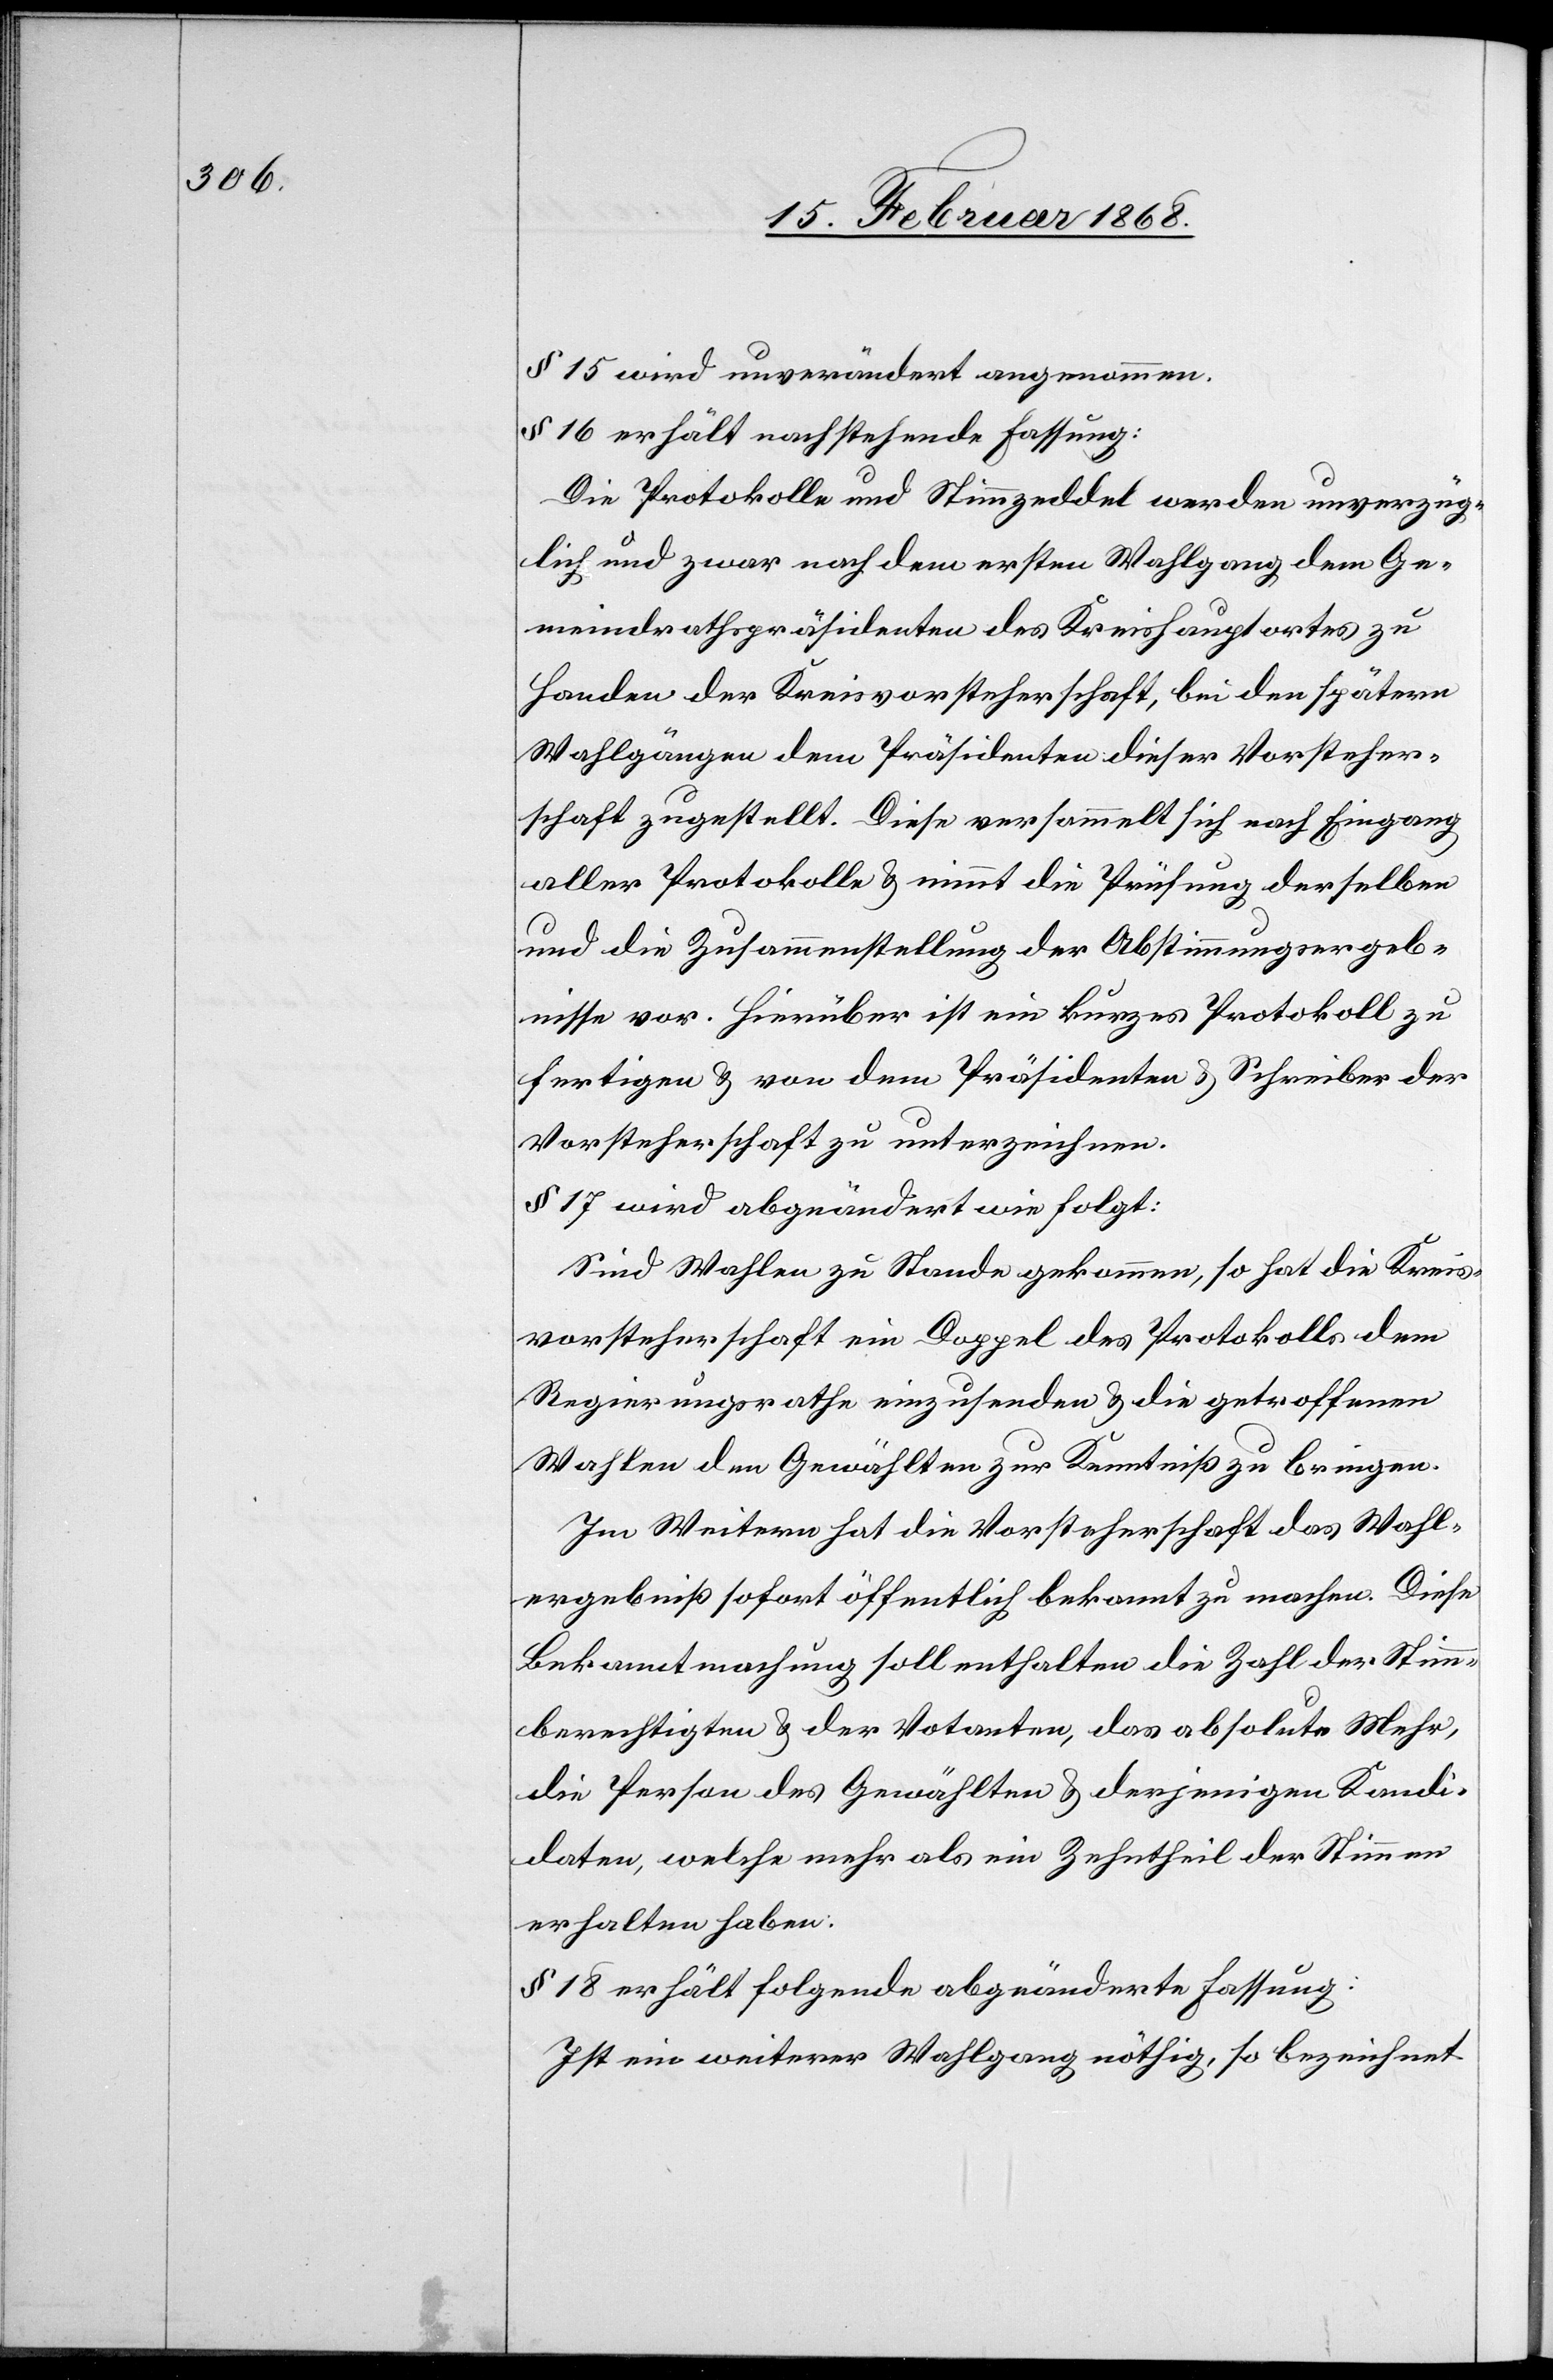
§ 15 wird unverändert angenommen.
§ 16 erhält nachstehende Fassung:
Die Protokolle und Stimmzeddel werden unverzüg¬
lich und zwar nach dem ersten Wahlgang dem Ge¬
meindrathspräsidenten des Kreishauptortes zu
Handen der Kreisvorsteherschaft, bei den spätern
Wahlgängen dem Präsidenten dieser Vorsteher¬
schaft zugestellt. Diese versammelt sich nach Eingang
aller Protokolle & nimmt die Prüfung derselben
und die Zusammenstellung der Abstimmungsergeb¬
nisse vor. Hierüber ist ein kurzes Protokoll zu
fertigen & von dem Präsidenten & Schreiber der
Vorsteherschaft zu unterzeichnen.
§ 17 wird abgeändert wie folgt:
Sind Wahlen zu Stande gekommen, so hat die Kreis¬
vorsteherschaft ein Doppel des Protokolls dem
Regierungsrathe einzusenden & die getroffenen
Wahlen den Gewählten zur Kenntniß zu bringen.
Im Weitern hat die Vorsteherschaft das Wahl¬
ergebniß sofort öffentlich bekannt zu machen. Diese
Bekanntmachung soll enthalten die Zahl der Stimm¬
berechtigten & der Votanten, das absolute Mehr,
die Person des Gewählten & derjenigen Kandi¬
daten, welche mehr als ein Zehntheil der Stimmen
erhalten haben.
§ 18 erhält folgende abgeänderte Fassung:
Ist ein weiterer Wahlgang nöthig, so bezeichnet